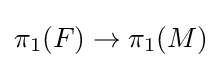
\pi _{1}(F)\to \pi _{1}(M)